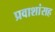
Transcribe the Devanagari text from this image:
प्रवाशांसह